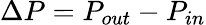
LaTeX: \Delta P=P_{out}-P_{in}